Indian Medical Review
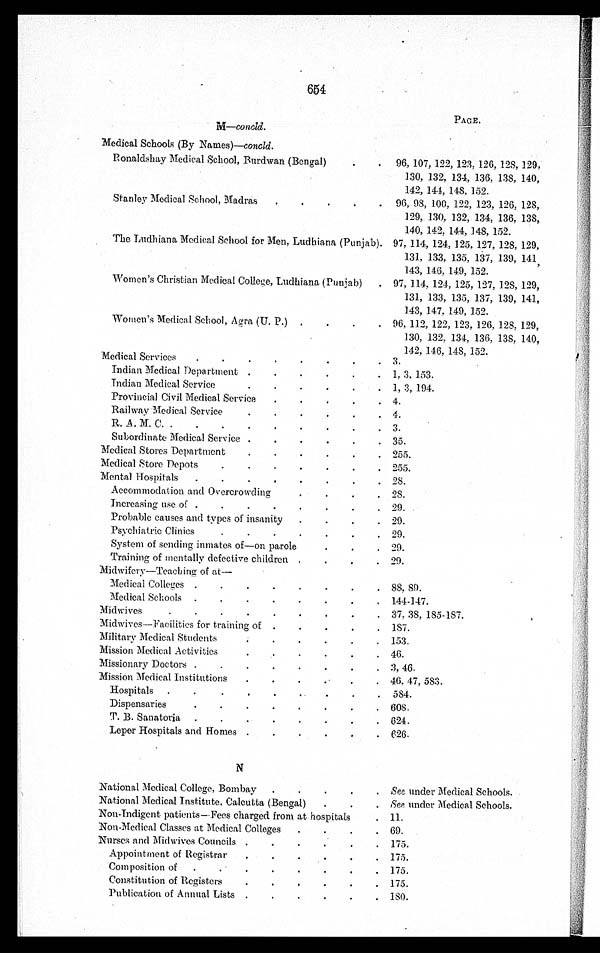
654
M—concld.
PAGE.
Medical Schools (By Names)—concld.
Ronaldshay Medical School, Burdwan (Bengal)
.
. 96, 107, 122, 123, 126, 128, 129,
130, 132, 134, 136, 138, 140,
142, 144, 148, 152.
Stanley Medical School, Madras
.
.
.
.
. 96, 98, 100, 122, 123, 126, 128,
129, 130, 132, 134, 136, 138,
140, 142, 144, 148, 152.
The Ludhiana Medical School for Men, Ludhiana (Punjab). 97, 114, 124, 125, 127, 128, 129,
131, 133, 135, 137, 139, 141,
143, 147, 149, 152.
Women's Christian Medical College, Ludhiana (Punjab) . 97, 114, 124, 125, 127, 128, 129,
131, 133, 135, 137, 139, 141,
143, 147, 149, 152.
Women's Medical School, Agra (U. P.)
. . . . 96, 112, 122, 123, 126, 128, 129,
130, 132, 134, 136, 138, 140,
142, 146, 148, 152.
Medical Services
.
.
.
.
.
.
.
. 3.
Indian Medical Department .
.
. . . . 1, 3, 153.
Indian Medical Service
.
.
.
.
.
. 1, 3, 194.
Provincial Civil Medical Service
.
.
.
.
. 4.
Railway Medical Service
.
.
.
.
.
.
4.
R. A. M. C. .
.
.
.
.
.
.
.
. 3.
Subordinate Medical Service .
.
.
.
.
. 35.
Medical Stores Department
.
.
.
.
.
. 255.
Medical Store Depots
.
.
.
.
.
.
. 255.
Mental Hospitals .
.
.
.
.
.
.
.
28.
Accommodation and Overcrowding
.
.
.
. 28.
Increasing use of .
.
.
.
.
.
.
. 29.
Probable causes and types of insanity .
.
.
. 29.
Psychiatric Clinics
.
.
.
.
.
.
. 29.
System of sending inmates of—on parole.
.
.
29.
Training of mentally defective children .
.
. . 29.
Midwifery—Teaching of at
—
Medical Colleges .
.
.
.
.
.
.
. 88, 89.
Medical Schools .
.
.
.
.
.
.
. 144-147.
Midwives
.
.
.
.
. . . . . 37, 38, 185-187.
Midwives—Facilities for training of .
.
.
.
. 187.
Military Medical Students
.
.
.
.
.
. 153.
Mission Medical Activities .
.
.
.
.
.
46.
Missionary Doctors .
.
.
.
.
.
.
. 3, 46.
Mission Medical Institutions
.
.
.
.
.
. 46, 47, 583.
Hospitals .
.
.
.
. .
.
.
. 584.
Dispensaries
.
.
.
.
.
.
.
. 608.
T. B. Sanatoria .
.
.
.
.
.
.
. 624.
Leper Hospitals and Homes .
.
.
.
.
. 626.
N
National Medical College, Bombay .
.
.
.
. See under Medical Schools.
National Medical Institute. Calcutta (Bengal)
.
.
.
See
under Medical Schools.
Non-Indigent patients- Fees charged from at hospitals
. 11.
Non-Medical Classes at Medical Colleges .
. . . 69.
Nurses and Midwives Councils .
.
.
. . . 175.
Appointment of Registrar .
.
. .
. . 175.
Composition of .
.
.
.
.
.
. . 175.
Constitution of Registers
.
.
.
. . .
175.
Publication of Annual Lists .
.
.
.
. . 180.